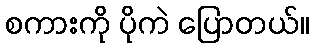
စကားကို ပိုကဲ ပြောတယ်။